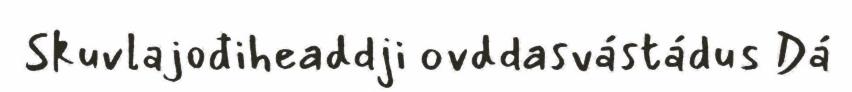
Skuvlajođiheaddji ovddasvástádus Dá